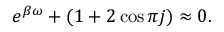
e ^ { \beta \omega } + ( 1 + 2 \cos \pi j ) \approx 0 .